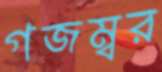
গজম্বর